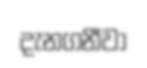
දැනගනීවා